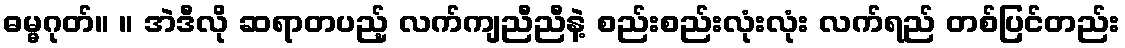
ဓမ္မဂုတ်။ ။ အဲဒီလို ဆရာတပည့် လက်ကျညီညီနဲ့ စည်းစည်းလုံးလုံး လက်ရည် တစ်ပြင်တည်း